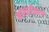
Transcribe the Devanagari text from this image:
भास्वरीकरण